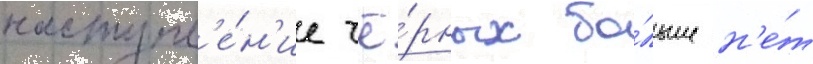
наступл'е́н'ие чё́рных бо́льше н'е́т